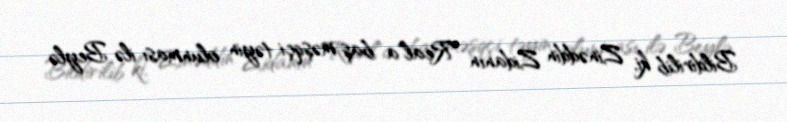
Bildirilib ki, Zinəddin Zidanın "Real"a baş məşqçi təyin olunması ilə Beylə